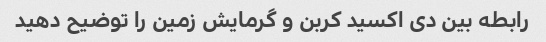
رابطه بین دی اکسید کربن و گرمایش زمین را توضیح دهید